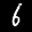
Label: 6